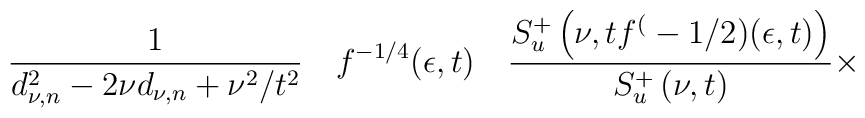
\frac1{d_{\nu,n}^2 - 2 \nu d_{\nu,n} + \nu^2 / t^2 } \quad f^{-1/4} (\epsilon,t) \quad\frac{S_u^+ \left( \nu,t f^(-1/2) (\epsilon,t) \right)}{S_u^+ \left( \nu,t \right)} \times